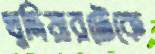
খুদিয়ারটেকে